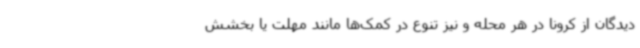
دیدگان از کرونا در هر محله و نیز تنوع در کمک‌ها مانند مهلت یا بخشش